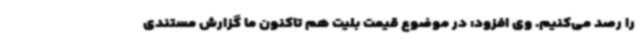
را رصد می‌کنیم. وی افزود: در موضوع قیمت بلیت هم تاکنون ما گزارش مستندی